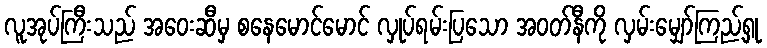
လူအုပ်ကြီးသည် အဝေးဆီမှ စနေမောင်မောင် လှုပ်ရမ်းပြသော အဝတ်နီကို လှမ်းမျှော်ကြည့်ရှု